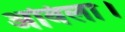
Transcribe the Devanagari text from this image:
अविला।